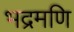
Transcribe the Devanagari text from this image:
भद्रमणि